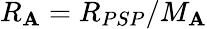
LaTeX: R_{\mathbf{A}}=R_{PSP}/M_{\mathbf{A}}